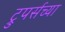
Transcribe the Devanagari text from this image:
ट्रुपर्सच्या